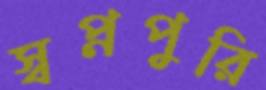
স্বপ্নপুরি